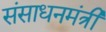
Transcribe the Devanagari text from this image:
संसाधनमंत्री